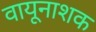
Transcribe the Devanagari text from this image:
वायूनाशक